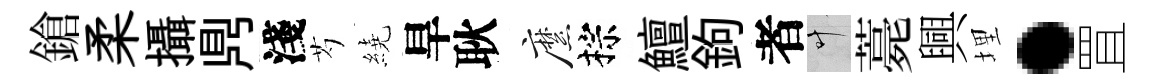
鎗柔攝𪔂淺芍繞旱耿縻棕鱣鉤者叶薧興埋·罝